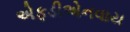
એફડીએનવાય